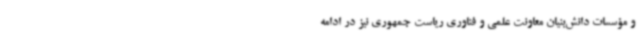
و مؤسسات دانش‌بنیان معاونت علمی و فناوری ریاست جمهوری نیز در ادامه